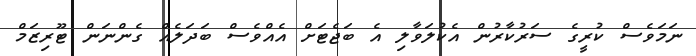
ނަމަވެސް ކުރީގެ ސަރުކާރުން އެކުލަވާލި އެ ބަޖެޓަށް އެއްވެސް ބަދަލެއް ގެންނަން ޓޫރިޒަމް